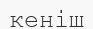
кеніш